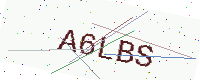
Text: A6LBS